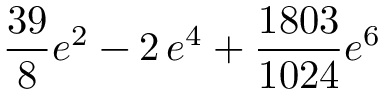
\frac { 3 9 } { 8 } e ^ { 2 } - 2 \, e ^ { 4 } + \frac { 1 8 0 3 } { 1 0 2 4 } e ^ { 6 }